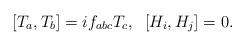
LaTeX: \begin{align*}\lbrack T_a,T_b]=if_{abc}T_c,\;\;[H_i,H_j]=0. \end{align*}